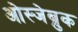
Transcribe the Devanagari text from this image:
ओस्जेब्रुक